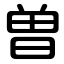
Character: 曽